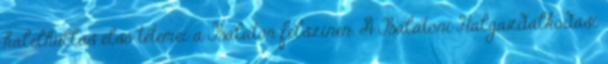
halelhullás első tetemei a Balaton felszínén. A Balatoni Halgazdálkodási